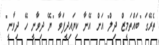
ތެރޭގަ "ބައްތަމީޒް ދިލް" އަށް އޭނާ ކިޔައިދީފަވާ "ޔޭ ދިވާނީ ހޭ ދިވާނީ"